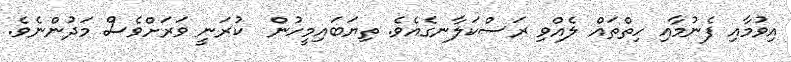
އިވުމާއި ފެނުމާއި ހިތްތައް ލެއްވި ރަސްކަލާނގެއެވެ. ތިޔަބައިމީހުން  ކުރަނީ ވަރަށްވެސް މަދުންނެވެ.